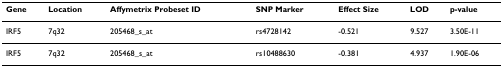
<table><thead><tr><td><b>Gene</b></td><td><b>Location</b></td><td><b>Affymetrix Probeset ID</b></td><td><b>SNP Marker</b></td><td><b>Effect Size</b></td><td><b>LOD</b></td><td><b>p-value</b></td></tr></thead><tbody><tr><td>IRF5</td><td>7q32</td><td>205468_s_at</td><td>rs4728142</td><td>-0.521</td><td>9.527</td><td>3.50E-11</td></tr><tr><td>IRF5</td><td>7q32</td><td>205468_s_at</td><td>rs10488630</td><td>-0.381</td><td>4.937</td><td>1.90E-06</td></tr></tbody></table>